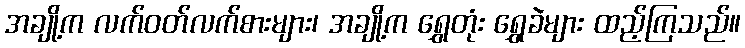
အချို့က လက်ဝတ်လက်စားများ၊ အချို့က ရွှေတုံး ရွှေခဲများ ထည့်ကြသည်။